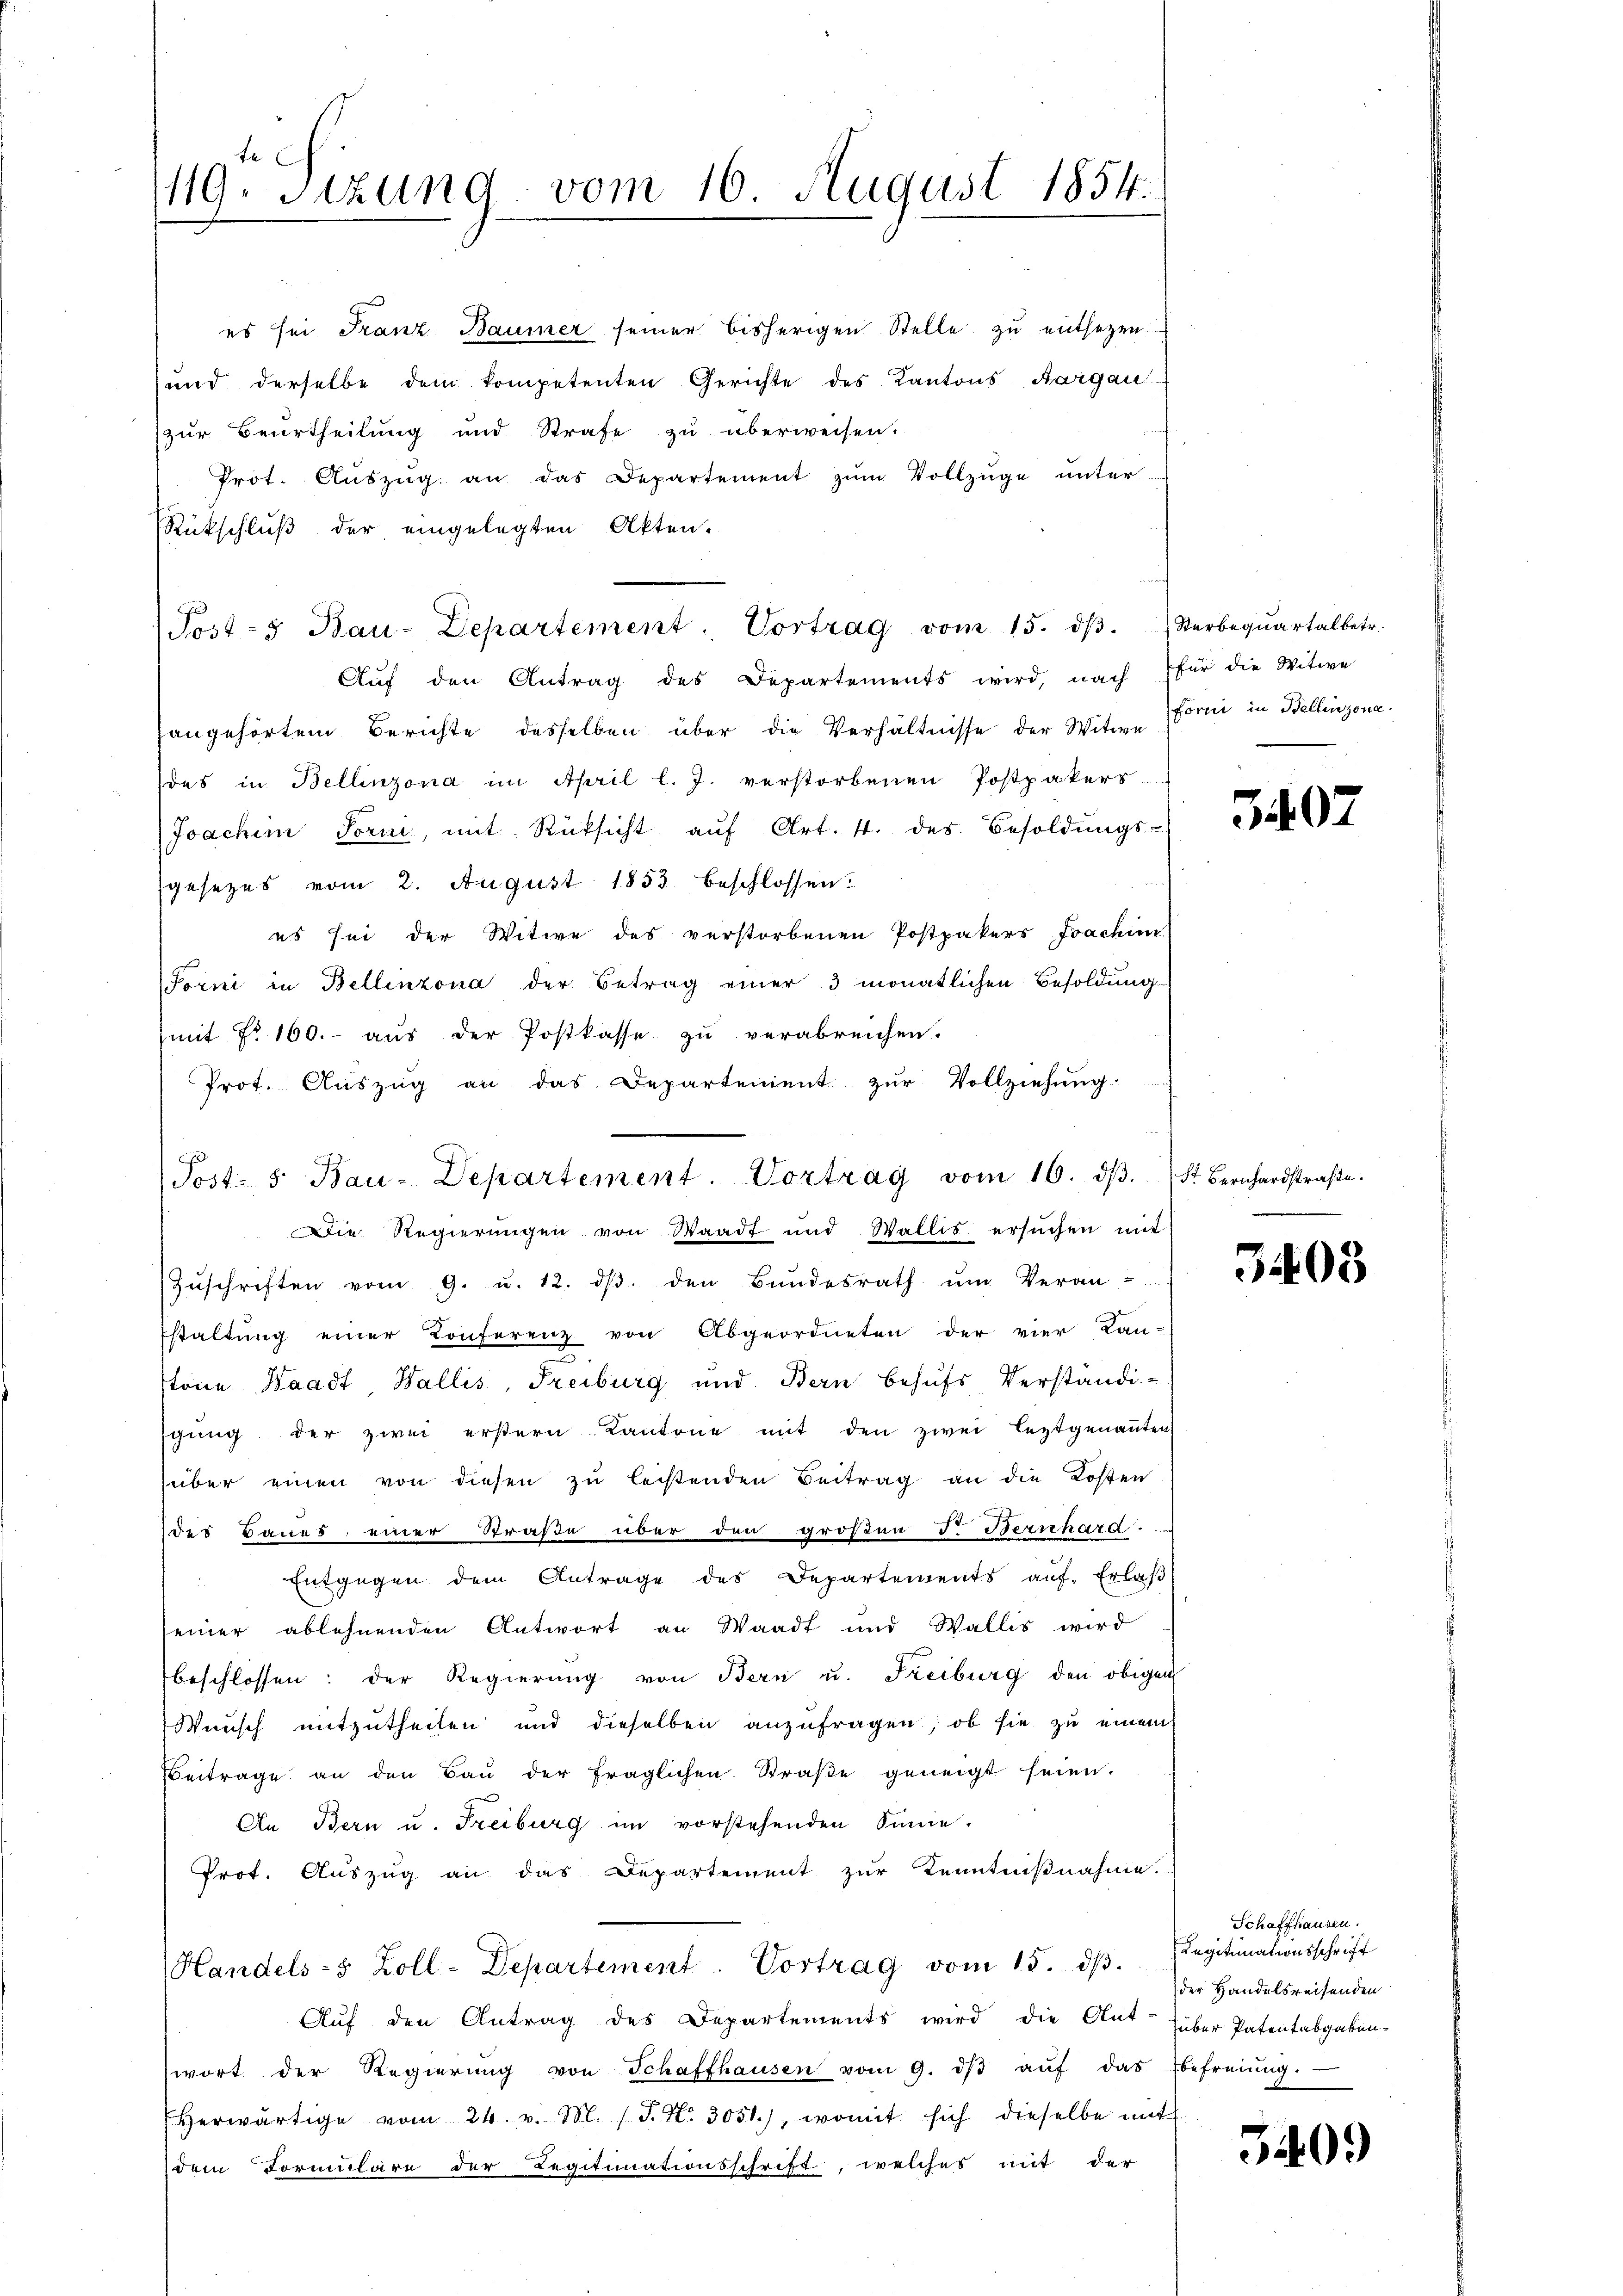
119. Sitzung vom 16. August 1854.

Post- & Bau-Departement. Vortrag vom 16. dβ. St. Bernhardstraβe.
Die Regierŭngen von Waadt und Wallis ersŭchen mit

es sei Franz Baumer seiner bisherigen Stelle zŭ entsetzen.
und derselbe dem kompetenten Gerichte des Kantons Aargau
zŭr Beurtheilŭng und Strafe zŭ überweisen.
Prot. Aŭszŭg an das Departement zŭm Vollzŭge ŭnter
Rückschluß der eingelegten Akten.
Aŭf den Antrag des Departements wird, nach für die Witwe
sangehörtem Berichte desselben über die Verhältnisse der Witwe Forni in Bellinzona.
des in Bellinzona im April l. J. verstorbenen Postpakers
Joachim Torni, mit Rüksicht aŭf Art. 4. des Besoldŭngs-
gesezes vom 2. August 1853 beschlossen:
es sei der Witwe des verstorbenen Postpakers Joachini
Forni in Bellinzona der Betrag einer 3 monatlichen Besoldung
(mit No. 160.- aŭs der Postkasse zŭ verabreichen.
Prot. Auszug an das Departement zur Vollziehung
Zŭschriften vom 9. u. 12. dβ. den Bŭndesrath ŭm Veran-
staltung einer Konferenz von Abgeordneten der vier Lan-
stöne Waadt, Wallis, Freiburg und Bern behufs Verständi-
igung der zwei erstern Kantone mit den zwei leztgenannten
über einen von diesen zŭ leistenden Beitrag an die Kosten
des Baues einer Straße über den großen 5. Bernhard ...
Entgegen dem Antrage des Departements aŭf Erlaβ
seiner ablehnenden Antwort an Waadt und Wallis wird
beschlossen: der Regierŭng von Bern u. Freiburg den obigen
Wunsch mitzutheilen und dieselben anzufragen, ob sie zu einem
Beitrage an den Baŭ der fraglichen Straβe geneigt seien.
An Bern u. Freiburg im vorstehenden Sinne.
Prot. Aŭszŭg an das Departement zŭr Kenntniβnahme.
Handels-5 Zoll-Departement. Vortrag vom 15. dβ.
Aŭf den Antrag des Departements wird die Ant. Huber Patentabgaben-
wort der Regierŭng von Schaffhausen vom 9. dβ aŭf das befreiung.
herwärtige vom 24. v. M. J. No. 3051), womit sich dieselbe mit
dem Formulare der Regitimationsschrift, welches mit der

Post- u Bau-Departement. Vortrag vom 15. dβ. Sterbeqŭartalbetr.

5407

3403

Schaffhausen.
Legitimationsschrift
der Handelsreisenden

3409